Investigations into the jail dietaries of the United Provinces with some observations on the influence of dietary on the physical development and well-being of the people of the United Provinces - Number 48
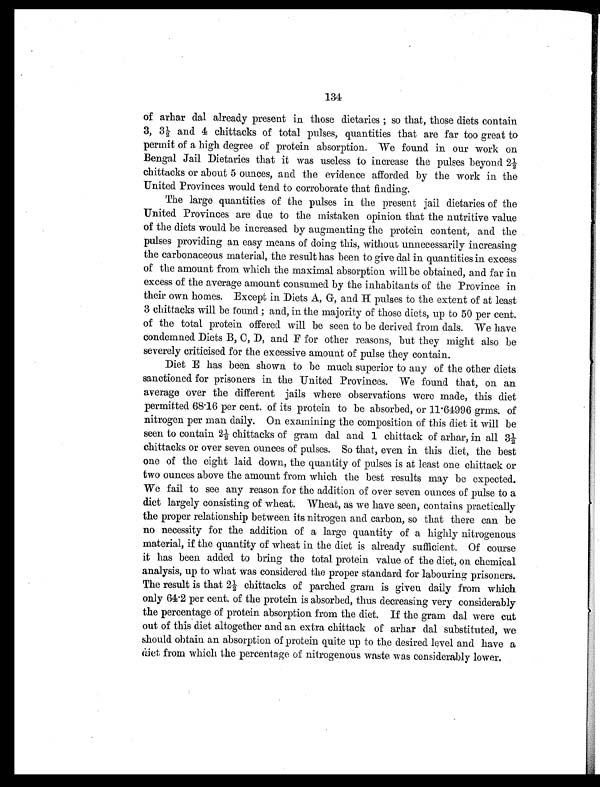
134
of arhar dal already present in those dietaries; so that, those diets contain
3, 3½ and 4 chittacks of total pulses, quantities that are far too great to
permit of a high degree of protein absorption. We found in our work on
Bengal Jail Dietaries that it was useless to increase the pulses beyond 2½
chittacks or about 5 ounces, and the evidence afforded by the work in the
United Provinces would tend to corroborate that finding.
The large quantities of the pulses in the present jail dietaries of the
United Provinces are due to the mistaken opinion that the nutritive value
of the diets would be increased by augmenting the protein content, and the
pulses providing an easy means of doing this, without unnecessarily increasing
the carbonaceous material, the result has been to give dal in quantities in excess
of the amount from which the maximal absorption will be obtained, and far in
excess of the average amount consumed by the inhabitants of the Province in
their own homes. Except in Diets A, G, and H pulses to the extent of at least
3 chittacks will be found; and, in the majority of those diets, up to 50 per cent.
of the total protein offered will be seen to be derived from dals. We have
condemned Diets B, C, D, and F for other reasons, but they might also be
severely criticised for the excessive amount of pulse they contain.
Diet E has been shown to be much superior to any of the other diets
sanctioned for prisoners in the United Provinces. We found that, on an
average over the different jails where observations were made, this diet
permitted 68.16 per cent. of its protein to be absorbed, or 11.64996 grms. of
nitrogen per man daily. On examining the composition of this diet it will be
seen to contain 2½ chittacks of gram dal and 1 chittack of arhar, in all 3½
chittacks or over seven ounces of pulses. So that, even in this diet, the best
one of the eight laid down, the quantity of pulses is at least one chittack or
two ounces above the amount from which the best results may be expected.
We fail to see any reason for the addition of over seven ounces of pulse to a.
diet largely consisting of wheat. Wheat, as we have seen, contains practically
the proper relationship between its nitrogen and carbon, so that there can be
no necessity for the addition of a large quantity of a highly nitrogenous
material, if the quantity of wheat in the diet is already sufficient. Of course
it has been added to bring the total protein value of the diet, on chemical
analysis, up to what was considered the proper standard for labouring prisoners.
The result is that 2½ chittacks of parched gram is given daily from which
only 64.2 per cent. of the protein is absorbed, thus decreasing very considerably
the percentage of protein absorption from the diet. If the gram dal were cut
out of this diet altogether and an extra chittack of arhar dal substituted, we
should obtain an absorption of protein quite up to the desired level and have a
diet from which the percentage of nitrogenous waste was considerably lower.